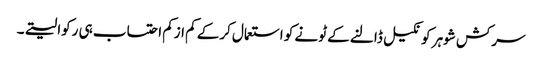
سرکش شوہر کو نکیل ڈالنے کے ٹونے کو استعمال کرکے کم ازکم احتساب ہی رکوا لیتے۔